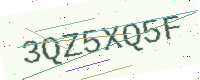
Text: 3QZ5XQ5F